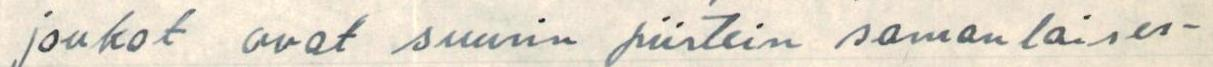
joukot ovat suurin piirtein samanlaises-